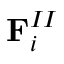
\mathbf { F } _ { i } ^ { I I }